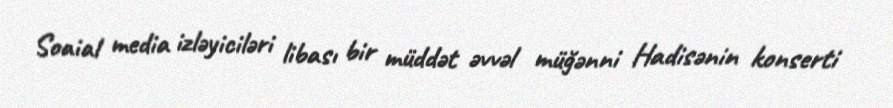
Soaial media izləyiciləri libası bir müddət əvvəl müğənni Hadisənin konserti